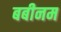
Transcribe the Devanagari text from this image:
बबीनम